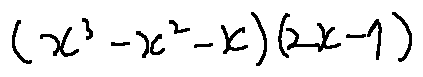
( x ^ { 3 } - x ^ { 2 } - x ) ( 2 x - 7 )